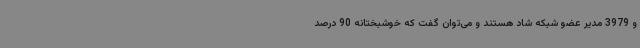
و 3979 مدیر عضو شبکه شاد هستند و می‌توان گفت که خوشبختانه 90 درصد